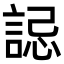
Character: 誋